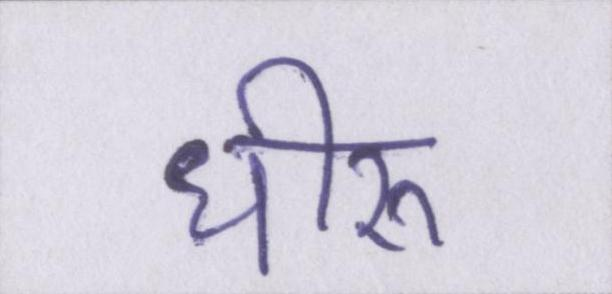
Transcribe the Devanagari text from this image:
धीरू